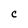
Character: C